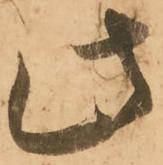
此